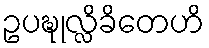
ဥပဍ္ဎုလ္လိခိတေဟိ